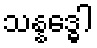
သန္နဒ္ဓေါ